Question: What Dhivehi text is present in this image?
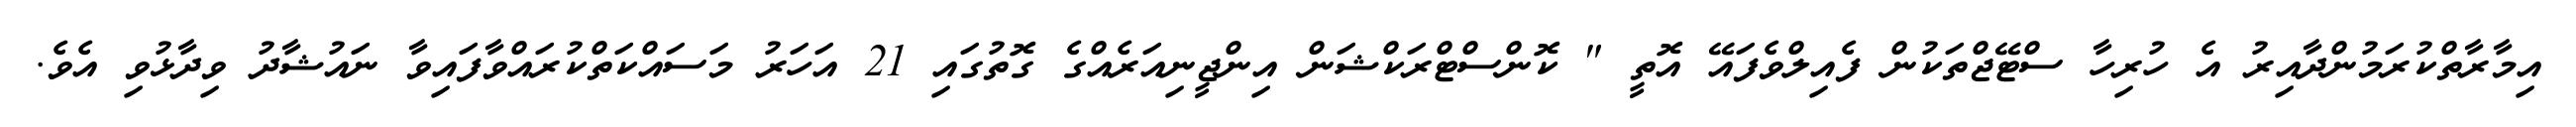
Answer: އިމާރާތްކުރަމުންދާއިރު އެ ހުރިހާ ސްޓޭޖްތަކުން ފެއިލްވެފައޭ އޮތީ " ކޮންސްޓްރަކްޝަން އިންޖީނިއަރެއްގެ ގޮތުގައި 21 އަހަރު މަސައްކަތްކުރައްވާފައިވާ ނައުޝާދު ވިދާޅުވި އެވެ.